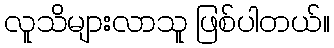
လူသိများလာသူ ဖြစ်ပါတယ်။